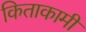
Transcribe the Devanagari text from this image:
किताकामी